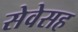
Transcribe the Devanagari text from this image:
सेवेसह